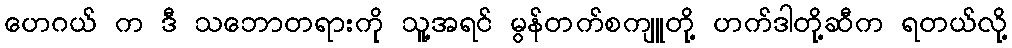
ဟေဂယ် က ဒီ သဘောတရားကို သူ့အရင် မွန်တက်စကျူတို့ ဟက်ဒါတို့ဆီက ရတယ်လို့